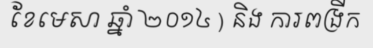
ខែមេសា ឆ្នាំ ២០១៤ ) និង ការពង្រីក